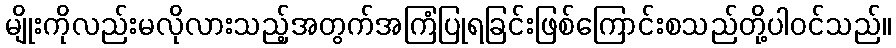
မျိုးကိုလည်းမလိုလားသည့်အတွက်အကြံပြုရခြင်းဖြစ်ကြောင်းစသည်တို့ပါဝင်သည်။